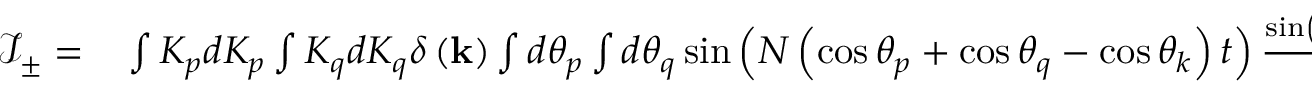
\begin{array} { r l } { \mathcal { I } _ { \pm } = } & { { } \int K _ { p } d K _ { p } \int K _ { q } d K _ { q } \delta \left( \mathbf { k } \right) \int d \theta _ { p } \int d \theta _ { q } \sin \left( N \left( \cos \theta _ { p } + \cos \theta _ { q } - \cos \theta _ { k } \right) t \right) \frac { \sin \left( N \left( \cos \theta _ { p } + \cos \theta _ { q } + \cos \theta _ { k } \right) t \right) } { \left( \cos \theta _ { p } + \cos \theta _ { q } + \cos \theta _ { k } \right) } \mathcal { K } } \end{array}